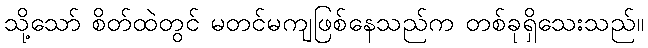
သို့သော် စိတ်ထဲတွင် မတင်မကျဖြစ်နေသည်က တစ်ခုရှိသေးသည်။